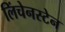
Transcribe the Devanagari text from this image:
लिंचेनस्टेन